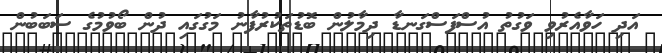
އަދި ހަވާއެރުވި ވަގުތު އުސްފަސްގަނޑާ ދިމާލުން ބޮޑުތަކުރުފާނު މަގުގައި ދުން ބޯވުމުގެ ސަބަބުން